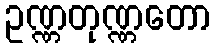
ဥဏ္ဏတုဏ္ဏတော